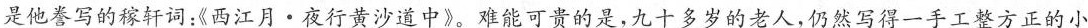
是他誊写的稼轩词：《西江月·夜行黄沙道中》。难能可贵的是，九十多岁的老人，仍然写得一手工整方正的小